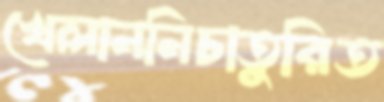
খেলাননিচাতুরিত